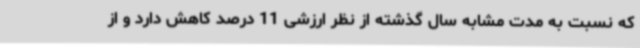
که نسبت به مدت مشابه سال گذشته از نظر ارزشی 11 درصد کاهش دارد و از